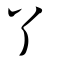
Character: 丫